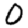
Digit: 0